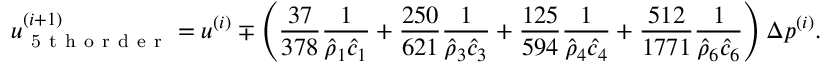
u _ { \mathrm { ~ 5 ~ t ~ h ~ o ~ r ~ d ~ e ~ r ~ } } ^ { ( i + 1 ) } = u ^ { ( i ) } \mp \left( \frac { 3 7 } { 3 7 8 } \frac { 1 } { \hat { \rho } _ { 1 } \hat { c } _ { 1 } } + \frac { 2 5 0 } { 6 2 1 } \frac { 1 } { \hat { \rho } _ { 3 } \hat { c } _ { 3 } } + \frac { 1 2 5 } { 5 9 4 } \frac { 1 } { \hat { \rho } _ { 4 } \hat { c } _ { 4 } } + \frac { 5 1 2 } { 1 7 7 1 } \frac { 1 } { \hat { \rho } _ { 6 } \hat { c } _ { 6 } } \right) \Delta p ^ { ( i ) } .